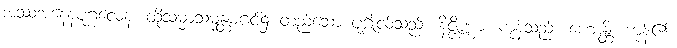
အဿအနေနပုဂ္ဂလေန၊ ထိုသမ္မာသမ္မန္တမဂ္ဂင်၌ တည်သော ပုဂ္ဂိုလ်သည်။ နိဇ္ဇိဏ္ဏာ၊ ကုန်သည်။ ဟောန္တိ၊ ကုန်၏။